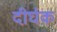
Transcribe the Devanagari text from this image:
दीर्घक